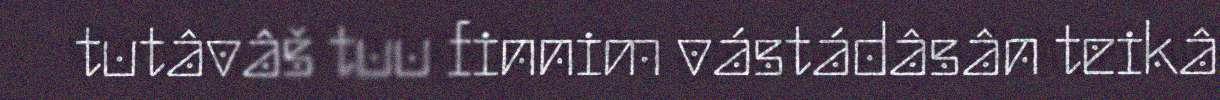
tutâvâš tuu finnim vástádâsân teikâ